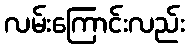
လမ်းကြောင်းလည်း